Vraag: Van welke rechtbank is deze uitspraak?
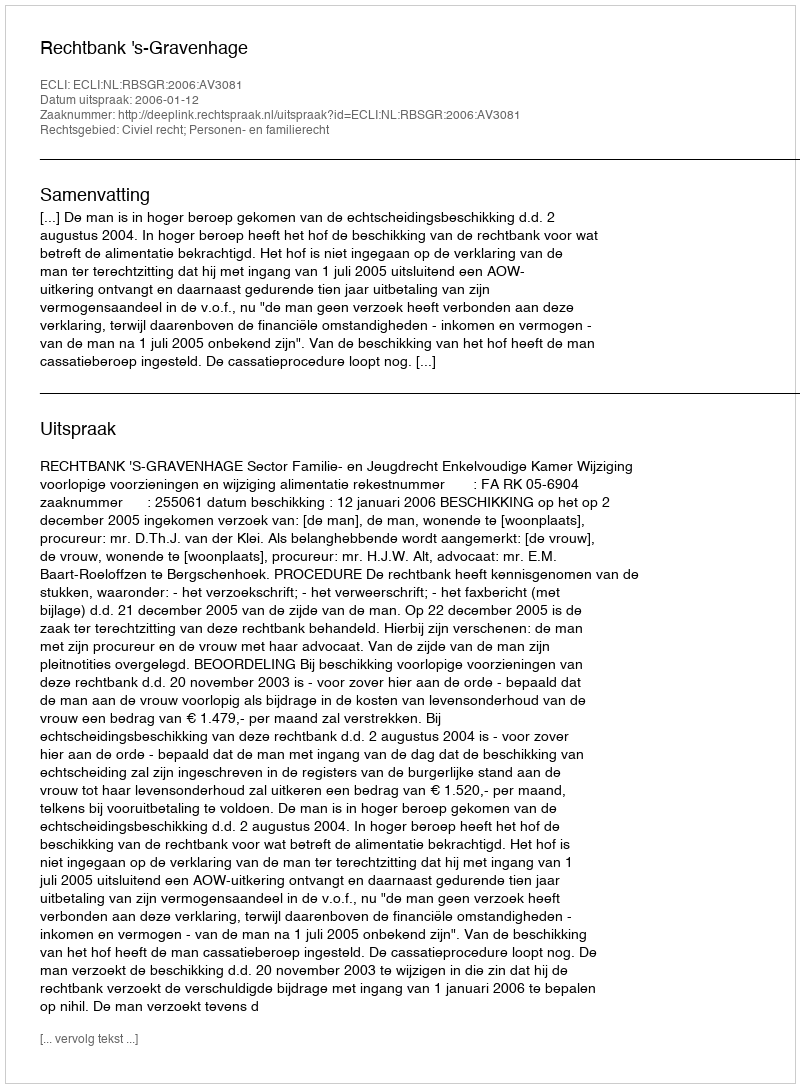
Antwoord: Rechtbank 's-Gravenhage